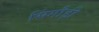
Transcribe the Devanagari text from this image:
सिंगौड़ी